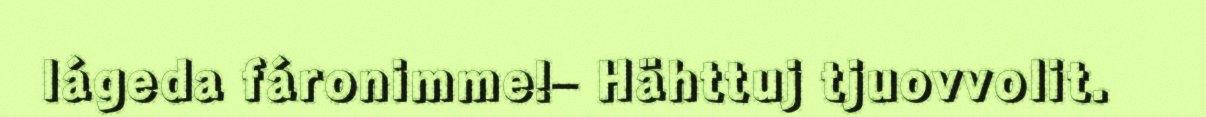
lágeda fáronimme!– Hähttuj tjuovvolit.